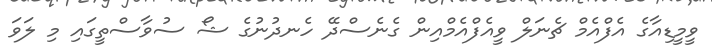
ވީމީޑިއާގެ އެފްއެމް ޗެނަލް ވީއެފްއެމްއިން ގެނެސްދޭ ހެނދުނުގެ ޝޯ ސުވާސްތީގައި މި ލަވަ